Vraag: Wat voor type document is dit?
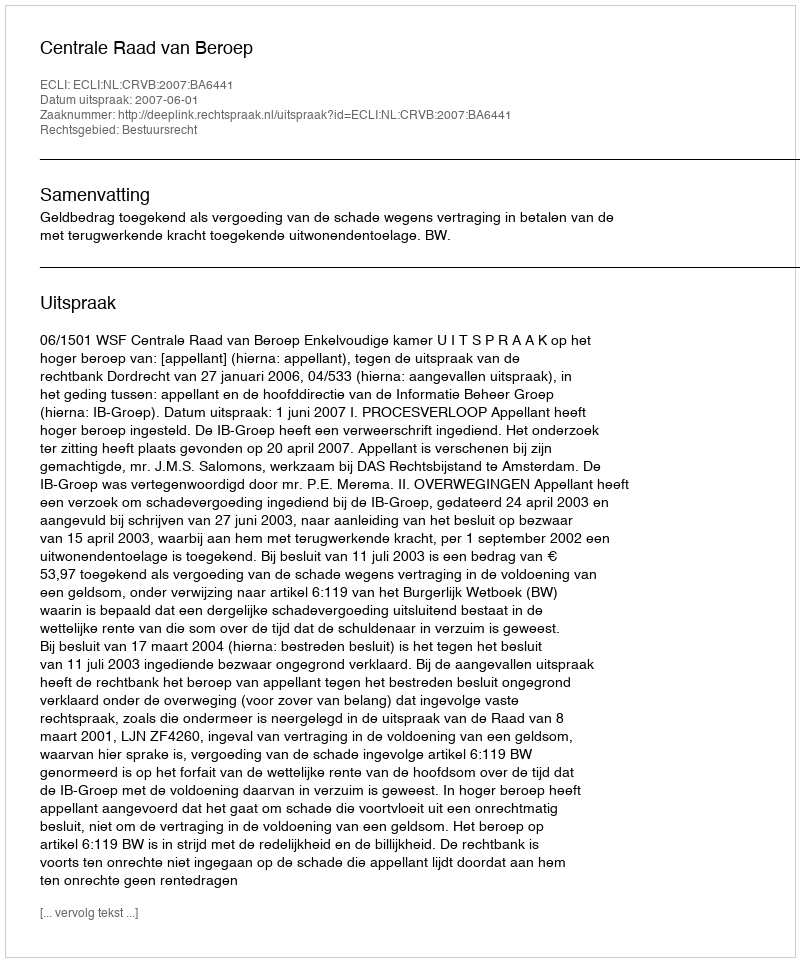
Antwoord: Uitspraak